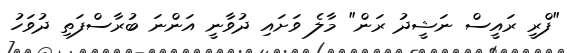
"ފްރީ ރައީސް ނަޝީދު ރަން" މާލެ ވަށައި ދުވާނީ އަންނަ ބުރާސްފަތި ދުވަހު